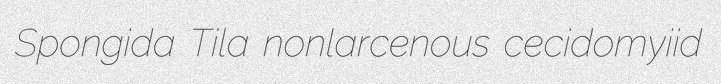
Spongida Tila nonlarcenous cecidomyiid